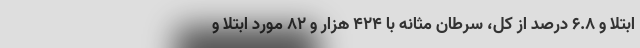
ابتلا و ۶.۸ درصد از کل، سرطان مثانه با ۴۲۴ هزار و ۸۲ مورد ابتلا و